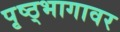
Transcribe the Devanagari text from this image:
पृष्ठ्भागावर